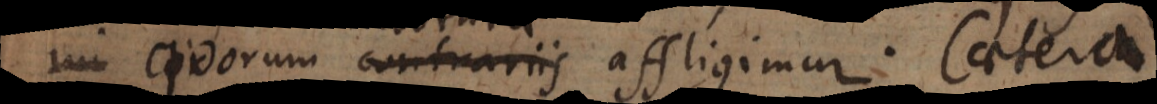
im quorum contrariis affligimur. Caeter